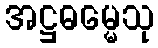
အဋ္ဌဓမ္မေသု